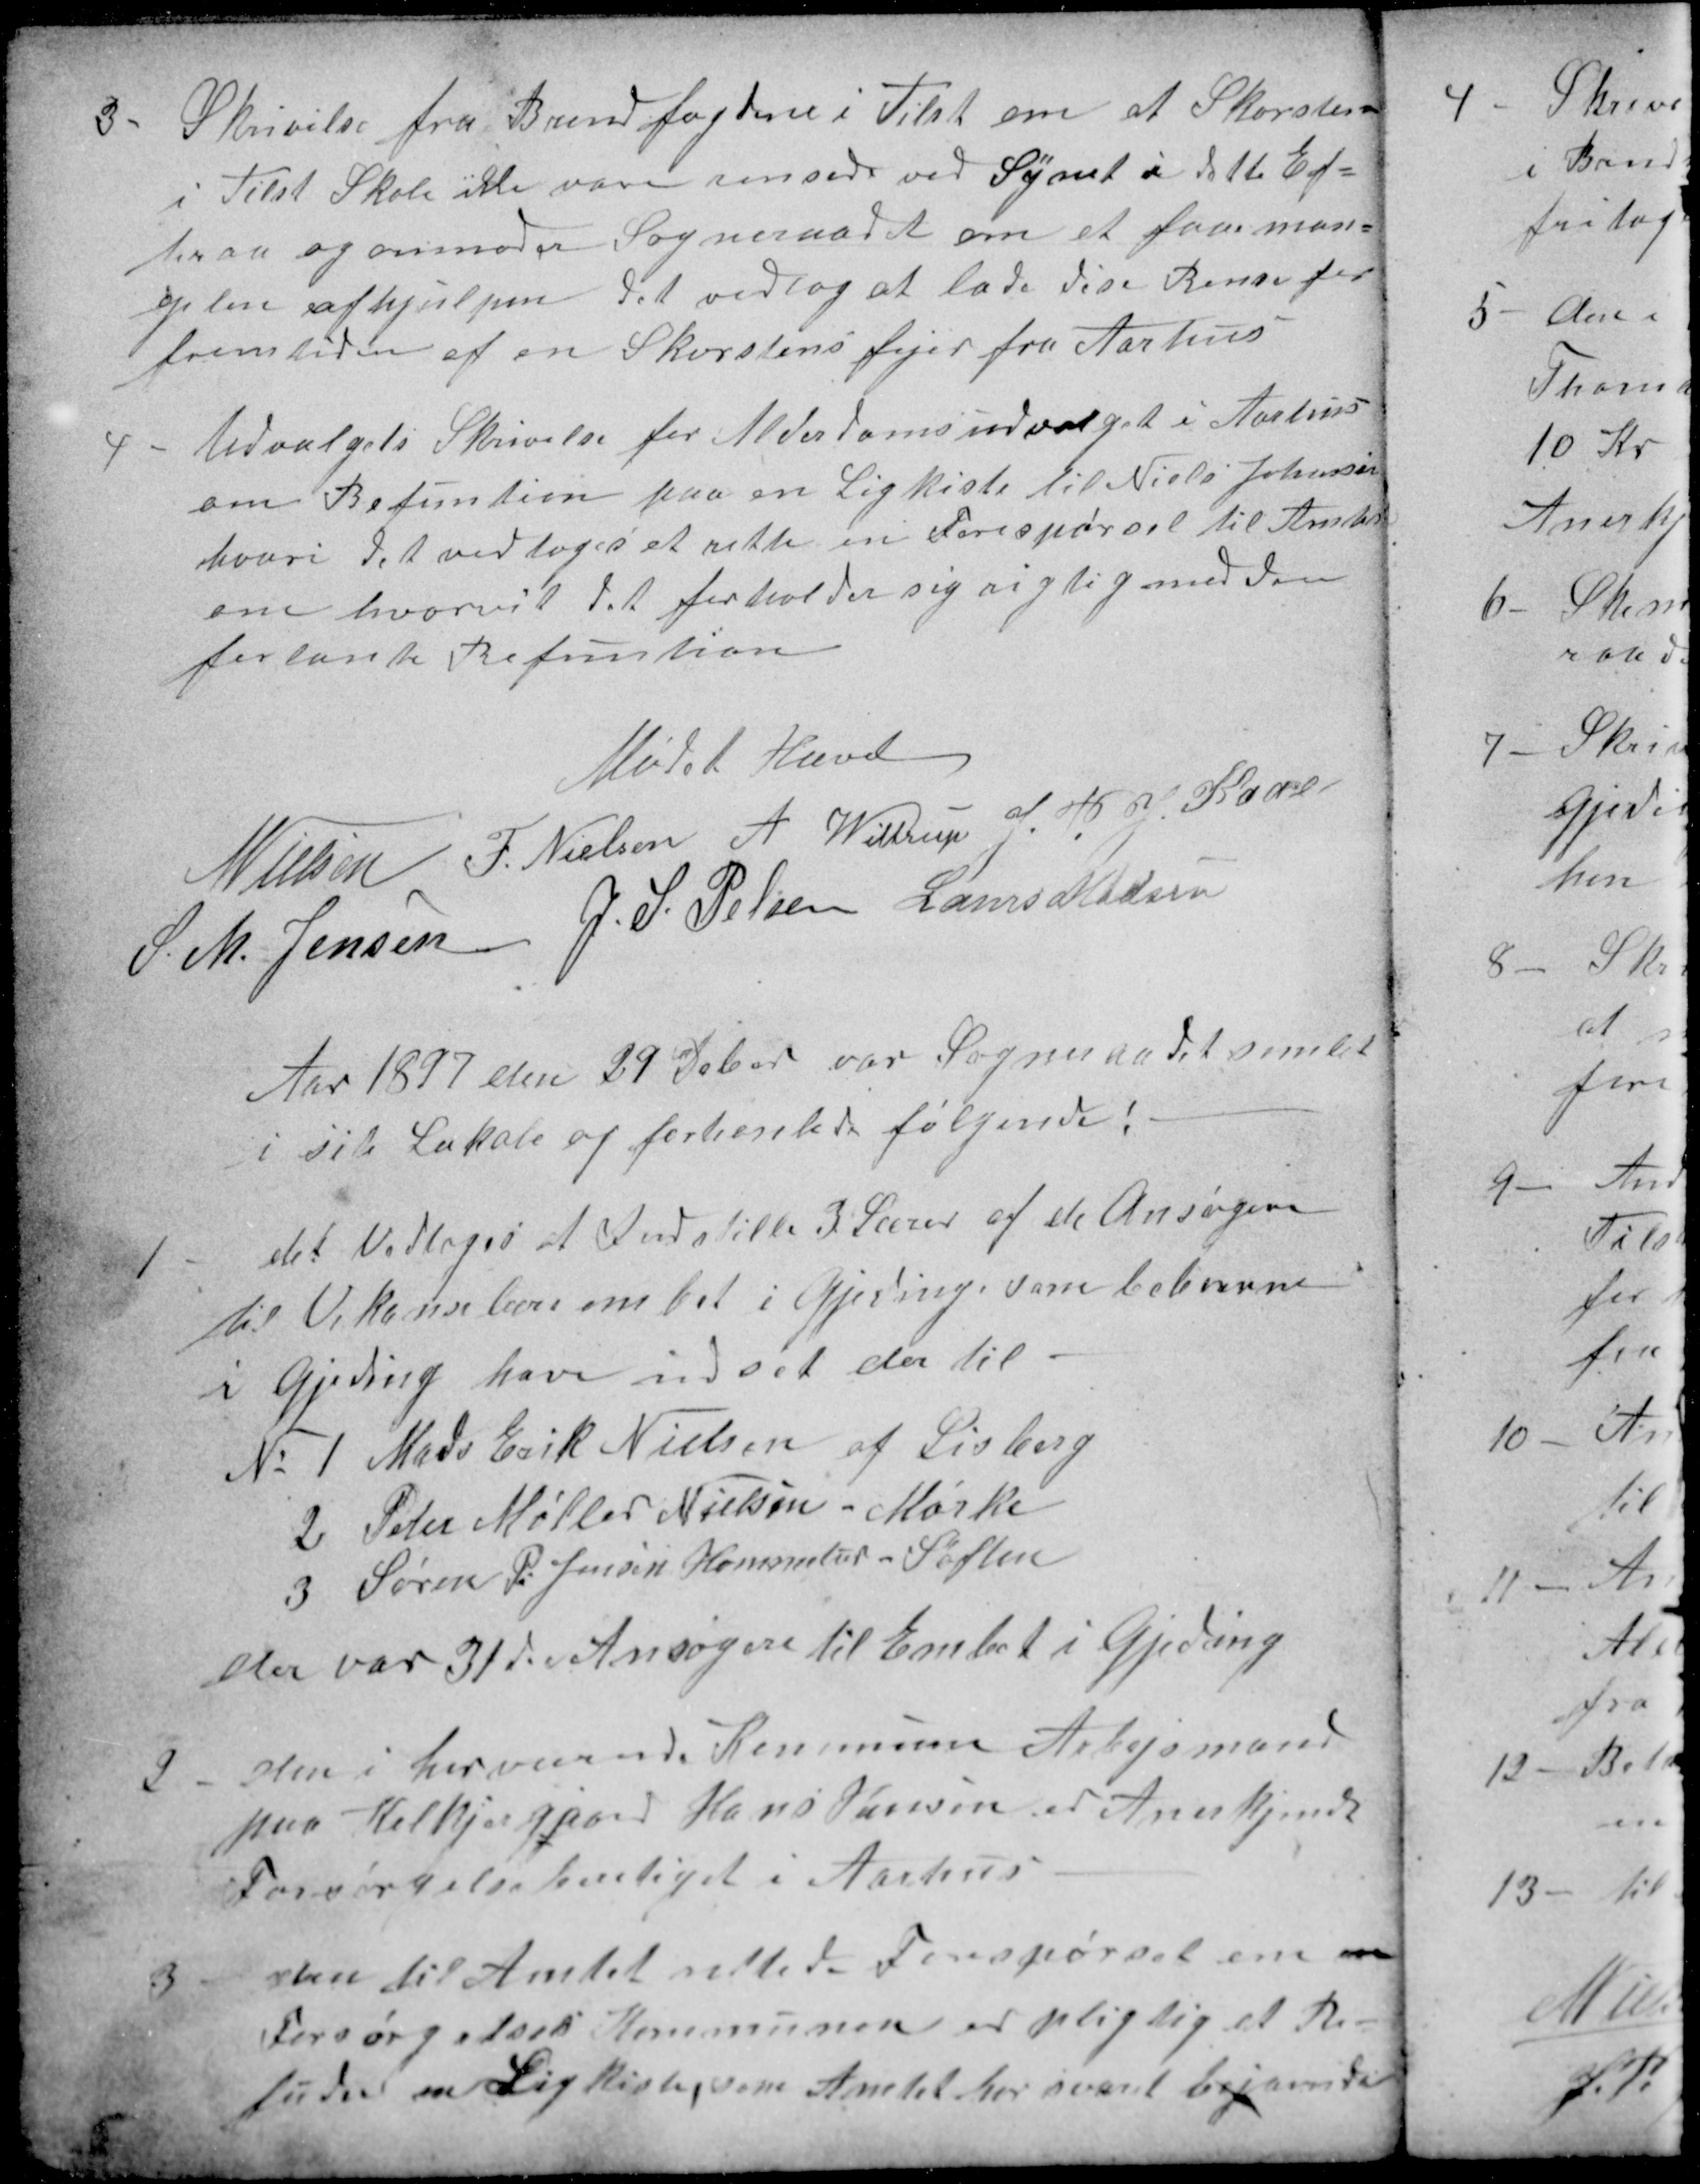
Transskription:
3
Skrivelse fra Brandfogdene i Tilst om at Skorsten
i Tilst Skole ikke vare rensede ved Synet i dette Ef=
teraar og anmoder Sogneraadet om at faae man=
glen afhjulpen det vedtog at lade dise Rense for
fremtiden af en Skorstensfejer fra Aarhus
4
Udvalgets Skrivelse for Alderdomsudvalget i Aarhus
om Refuntion paa en Ligkiste til Niels Johansen
hvori det vedtoges at rette en Forespørgel til Amtet
om hvorvit det forholder sig rigtig med den
forlante Refuntion
Mødet Hævet
N Nielsen 
F. Nielsen 
A Wittrup
J. P. J. Kaae
S. M. Jensen 
J. S. Pelsen 
Laurs Madsen
Aar 1897 den 29 Deber var Sogneraadet samlet
i sit Lokale og forhanlede følgende!
1
det Vedtoges at Indstille 3 Lærer af de Ansøgere
til Vakanselærer embet i Gjeding, som beboerne
i Gjeding have indset der til
№ 1 Mads Erik Nielsen af Lisberg
2 Peter Møller Nielsen - Mørke
3 Søren P. Jensen Hammelev - Søften
der var 31de Ansøgere til Embet i Gjeding
2
den i herværende Kommune Arbejsmand
paa Kolkjergaard Hans Hansen er Anerkjendt
Forsørgelseberetiget i Aarhus
3
den til Amtet rettede Forespørgel om en
Forsørgelses Kommunen er pligtig at Re-
fudere en Ligkiste, som Amtet her svaret bejaende